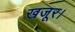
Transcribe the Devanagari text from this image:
खजूर।